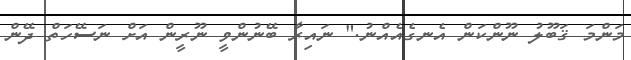
މަންމަ ޤަބޫލު ނޫންކަން އެނގެއެއްނު." ނައިރާ ބޭނުންވީ ނޫރީން އަށް ނަސޭހަތް ދޭން